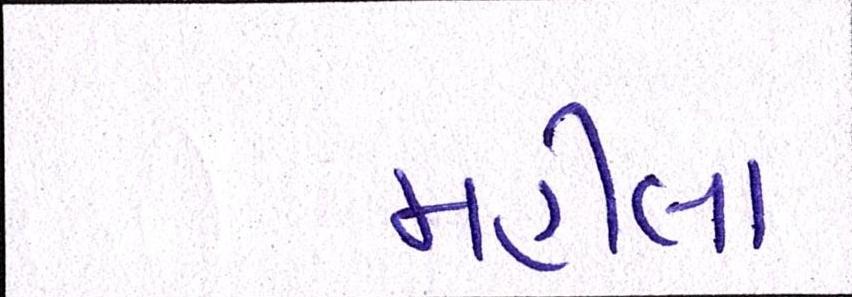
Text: મહીલા